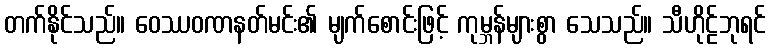
တက်နိုင်သည်။ ဝေဿဝဏနတ်မင်း၏ မျက်စောင်းဖြင့် ကုမ္ဘန်များစွာ သေသည်။ သီဟိုဠ်ဘုရင်